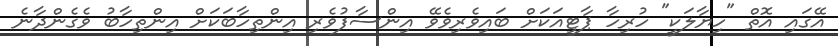
އޭގައި އޮތް "ހިޔާލަކީ" ހުރިހާ ޕާޓީއަކަށް ބައިވެރިވެވޭ އިންސާފުވެރި އިންތިހާބަކަށް އިންތިހާބު ވެގެންދާނެ